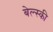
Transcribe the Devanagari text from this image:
बेल्स्की